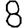
Digit: 8